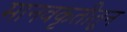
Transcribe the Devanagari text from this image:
मानवकृतीतून